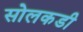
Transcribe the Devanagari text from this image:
सोलकडी